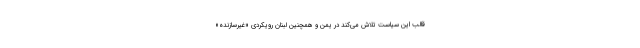
قالب این سیاست تلاش می‌کند در یمن و همچنین لبنان رویکردی «غیرسازنده»